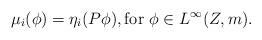
LaTeX: \begin{align*}\mu_i(\phi) = \eta_i(P\phi), \textrm{for $\phi \in L^\infty(Z,m)$}.\end{align*}